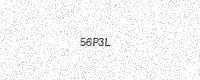
Text: 56P3L